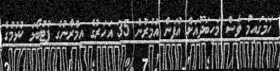
ހަމަގައިމު ވެސް މަހިބަދޫއަށް އުފަން އުމުރުން 35 އަހަރުގެ އިމްރާނުގެ ފުޓުބޯޅަ ކުޅުމުގެ